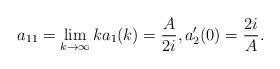
LaTeX: \begin{align*} a_{11}=\lim_{k\rightarrow\infty}ka_1(k)=\frac{A}{2i}, a_2'(0)=\frac{2i}{A}. \end{align*}